Malaria in the Duars
Disease focus: Malaria
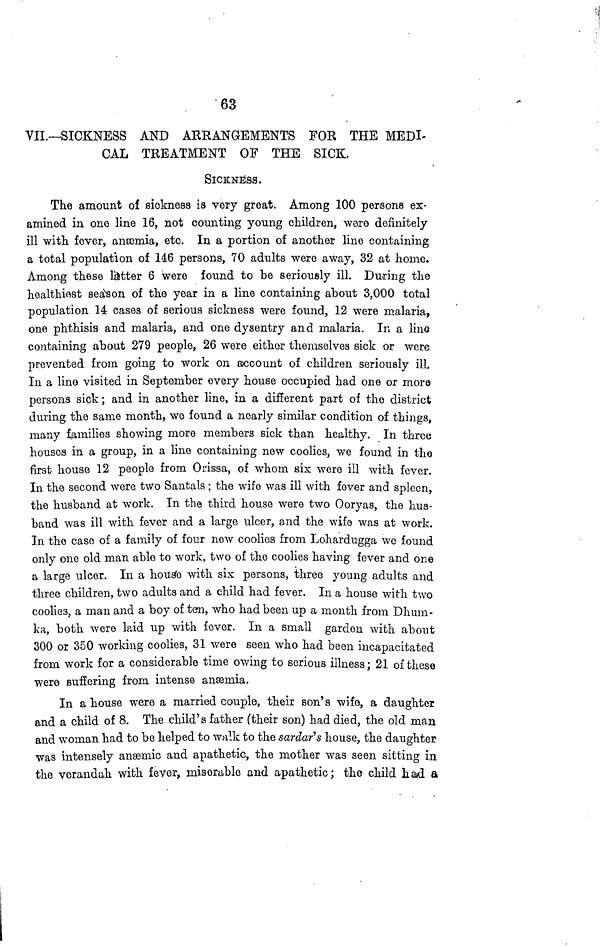
63
VII.—SICKNESS AND ARRANGEMENTS FOR THE MEDI-
CAL TREATMENT OF THE SICK.
SICKNESS.
The amount of sickness is very great. Among 100 persons ex-
amined in one line 16, not counting young children, were definitely
ill with fever, anæmia, etc. In a portion of another line containing
a total population of 146 persons, 70 adults were away, 32 at home.
Among these latter 6 were found to be seriously ill. During the
healthiest season of the year in a line containing about 3,000 total
population 14 cases of serious sickness were found, 12 were malaria,
one phthisis and malaria, and one dysentry and malaria. In a line
containing about 279 people, 26 were either themselves sick or were
prevented from going to work on account of children seriously ill.
In a lino visited in September every house occupied had one or more
persons sick; and in another line, in a different part of the district
during the same month, we found a nearly similar condition of things,
many families showing more members sick than healthy. In three
houses in a group, in a line containing new coolies, we found in the
first house 12 people from Orissa, of whom six were ill with fever.
In the second were two Santals; the wife was ill with fever and spleen,
the husband at work. In the third house were two Ooryas, the hus-
band was ill with fever and a large ulcer, and the wife was at work.
In the case of a family of four now coolies from Lohardugga we found
only one old man able to work, two of the coolies having fever and one
a large ulcer. In a house with six persons, three young adults and
three children, two adults and a child had fever. In a house with two
coolies, a man and a boy of ten, who had been up a month from Dhum-
ka, both were laid up with fever. In a small garden with about
300 or 350 working coolies, 31 were seen who had been incapacitated
from work for a considerable time owing to serious illness; 21 of these
were suffering from intense anæmia.
In a house were a married couple, their son's wife, a daughter
and a child of 8. The child's father (their son) had died, the old man
and woman had to be helped to walk to the sardar's house, the daughter
was intensely anæmic and apathetic, the mother was seen sitting in
the verandah with fever, miserable and apathetic; the child had a